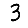
Digit: 3